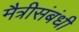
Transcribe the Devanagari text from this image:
मैत्रीसंबंधी